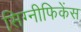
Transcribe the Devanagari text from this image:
सिग्नीफिकेंस